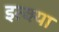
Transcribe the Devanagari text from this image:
इत्क्या